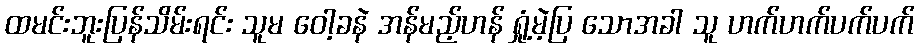
ထမင်းဘူးပြန်သိမ်းရင်း သူမ ဝေါ့ခနဲ အန်မည့်ဟန် ရှုံ့မဲ့ပြ သောအခါ သူ ဟက်ဟက်ပက်ပက်